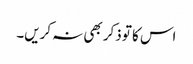
اس کا تو ذکر بھی نہ کریں۔